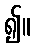
၍။